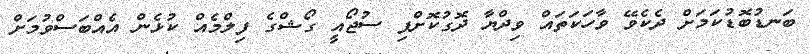
ބަނޑުބޮޑުކަމަށް ދެކެވޭ ވާހަކަތައް ވިދްޔާ ދޮގުކޮށްފި ސުޖޯއީ ގޯޝްގެ ފިލްމެއް ކުޅެން އެއްބަސްވުމަށް